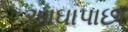
આઘાપાછા